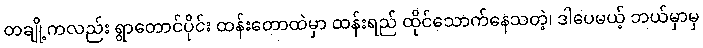
တချို့ကလည်း ရွာတောင်ပိုင်း ထန်းတောထဲမှာ ထန်းရည် ထိုင်သောက်နေသတဲ့၊ ဒါပေမယ့် ဘယ်မှာမှ